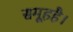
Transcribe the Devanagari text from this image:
समूहहै।